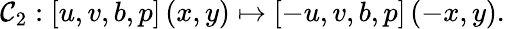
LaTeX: \mathcal{C}_{2}:\left[u,v,b,p\right]\left(x,y\right)\mapsto\left[-u,v,b,p\right]\left(-x,y\right).